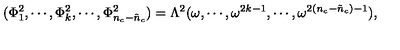
( \Phi _ { 1 } ^ { 2 } , \cdots , \Phi _ { k } ^ { 2 } , \cdots , \Phi _ { n _ { c } - \tilde { n } _ { c } } ^ { 2 } ) = \Lambda ^ { 2 } ( \omega , \cdots , \omega ^ { 2 k - 1 } , \cdots , \omega ^ { 2 ( n _ { c } - \tilde { n } _ { c } ) - 1 } ) ,